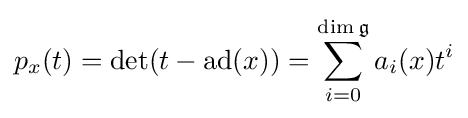
p_{x}(t)=\det(t-\operatorname {ad} (x))=\sum _{i=0}^{\dim {\mathfrak {g}}}a_{i}(x)t^{i}